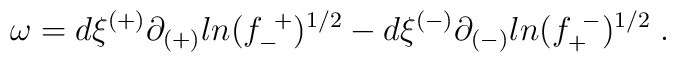
\omega =    d\xi^{(+)}\partial_{(+)} ln(f^{~+}_{-})^{1/2} -  d\xi^{(-)} \partial_{(-)}ln(f^{~-}_{+})^{1/2} \; .